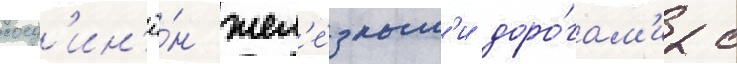
соед'ин'ё́н жел'е́зным'и доро́гам'и с